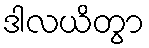
ဒါလယိတွာ